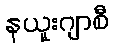
နယူးဂျာစီ